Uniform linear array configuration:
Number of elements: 4
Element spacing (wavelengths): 0.25
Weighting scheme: cosine
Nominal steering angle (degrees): -60
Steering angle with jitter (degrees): -61.338
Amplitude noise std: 0.05
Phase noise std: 0.05

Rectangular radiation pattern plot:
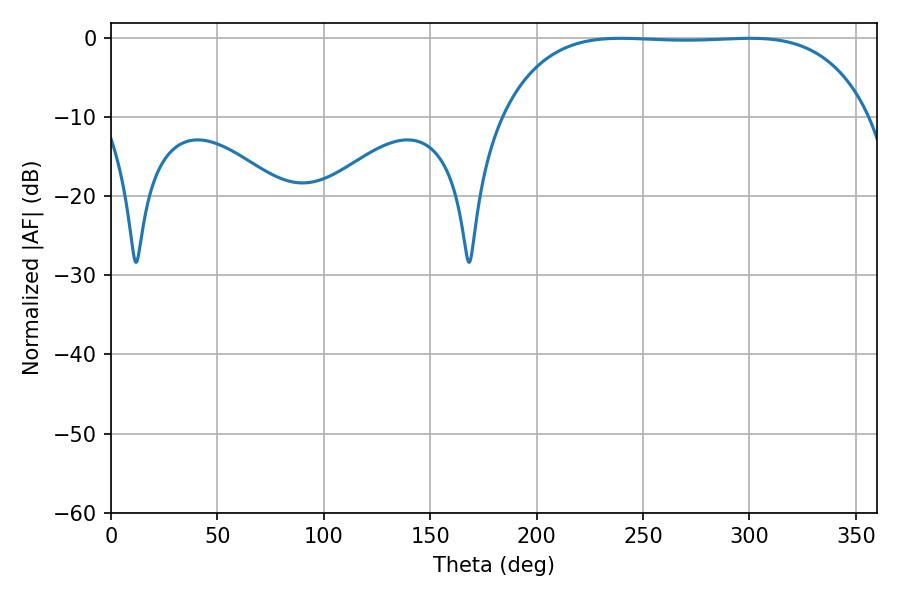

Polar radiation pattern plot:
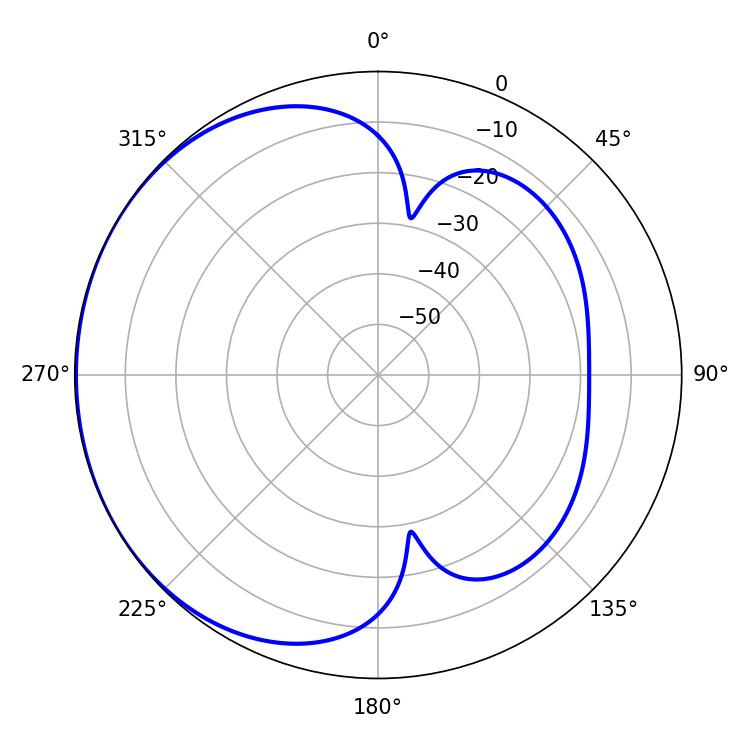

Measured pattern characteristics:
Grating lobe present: FALSE
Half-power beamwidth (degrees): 134.64
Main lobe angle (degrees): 239.58